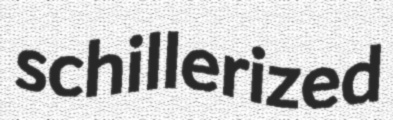
schillerized